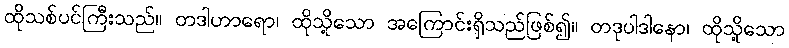
ထိုသစ်ပင်ကြီးသည်။ တဒါဟာရော၊ ထိုသို့သော အကြောင်းရှိသည်ဖြစ်၍။ တဒုပါဒါနော၊ ထိုသို့သော